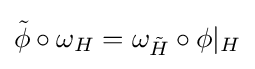
{\tilde {\phi }}\circ \omega _{H}=\omega _{\tilde {H}}\circ \phi |_{H}